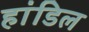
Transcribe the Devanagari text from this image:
हांडिल